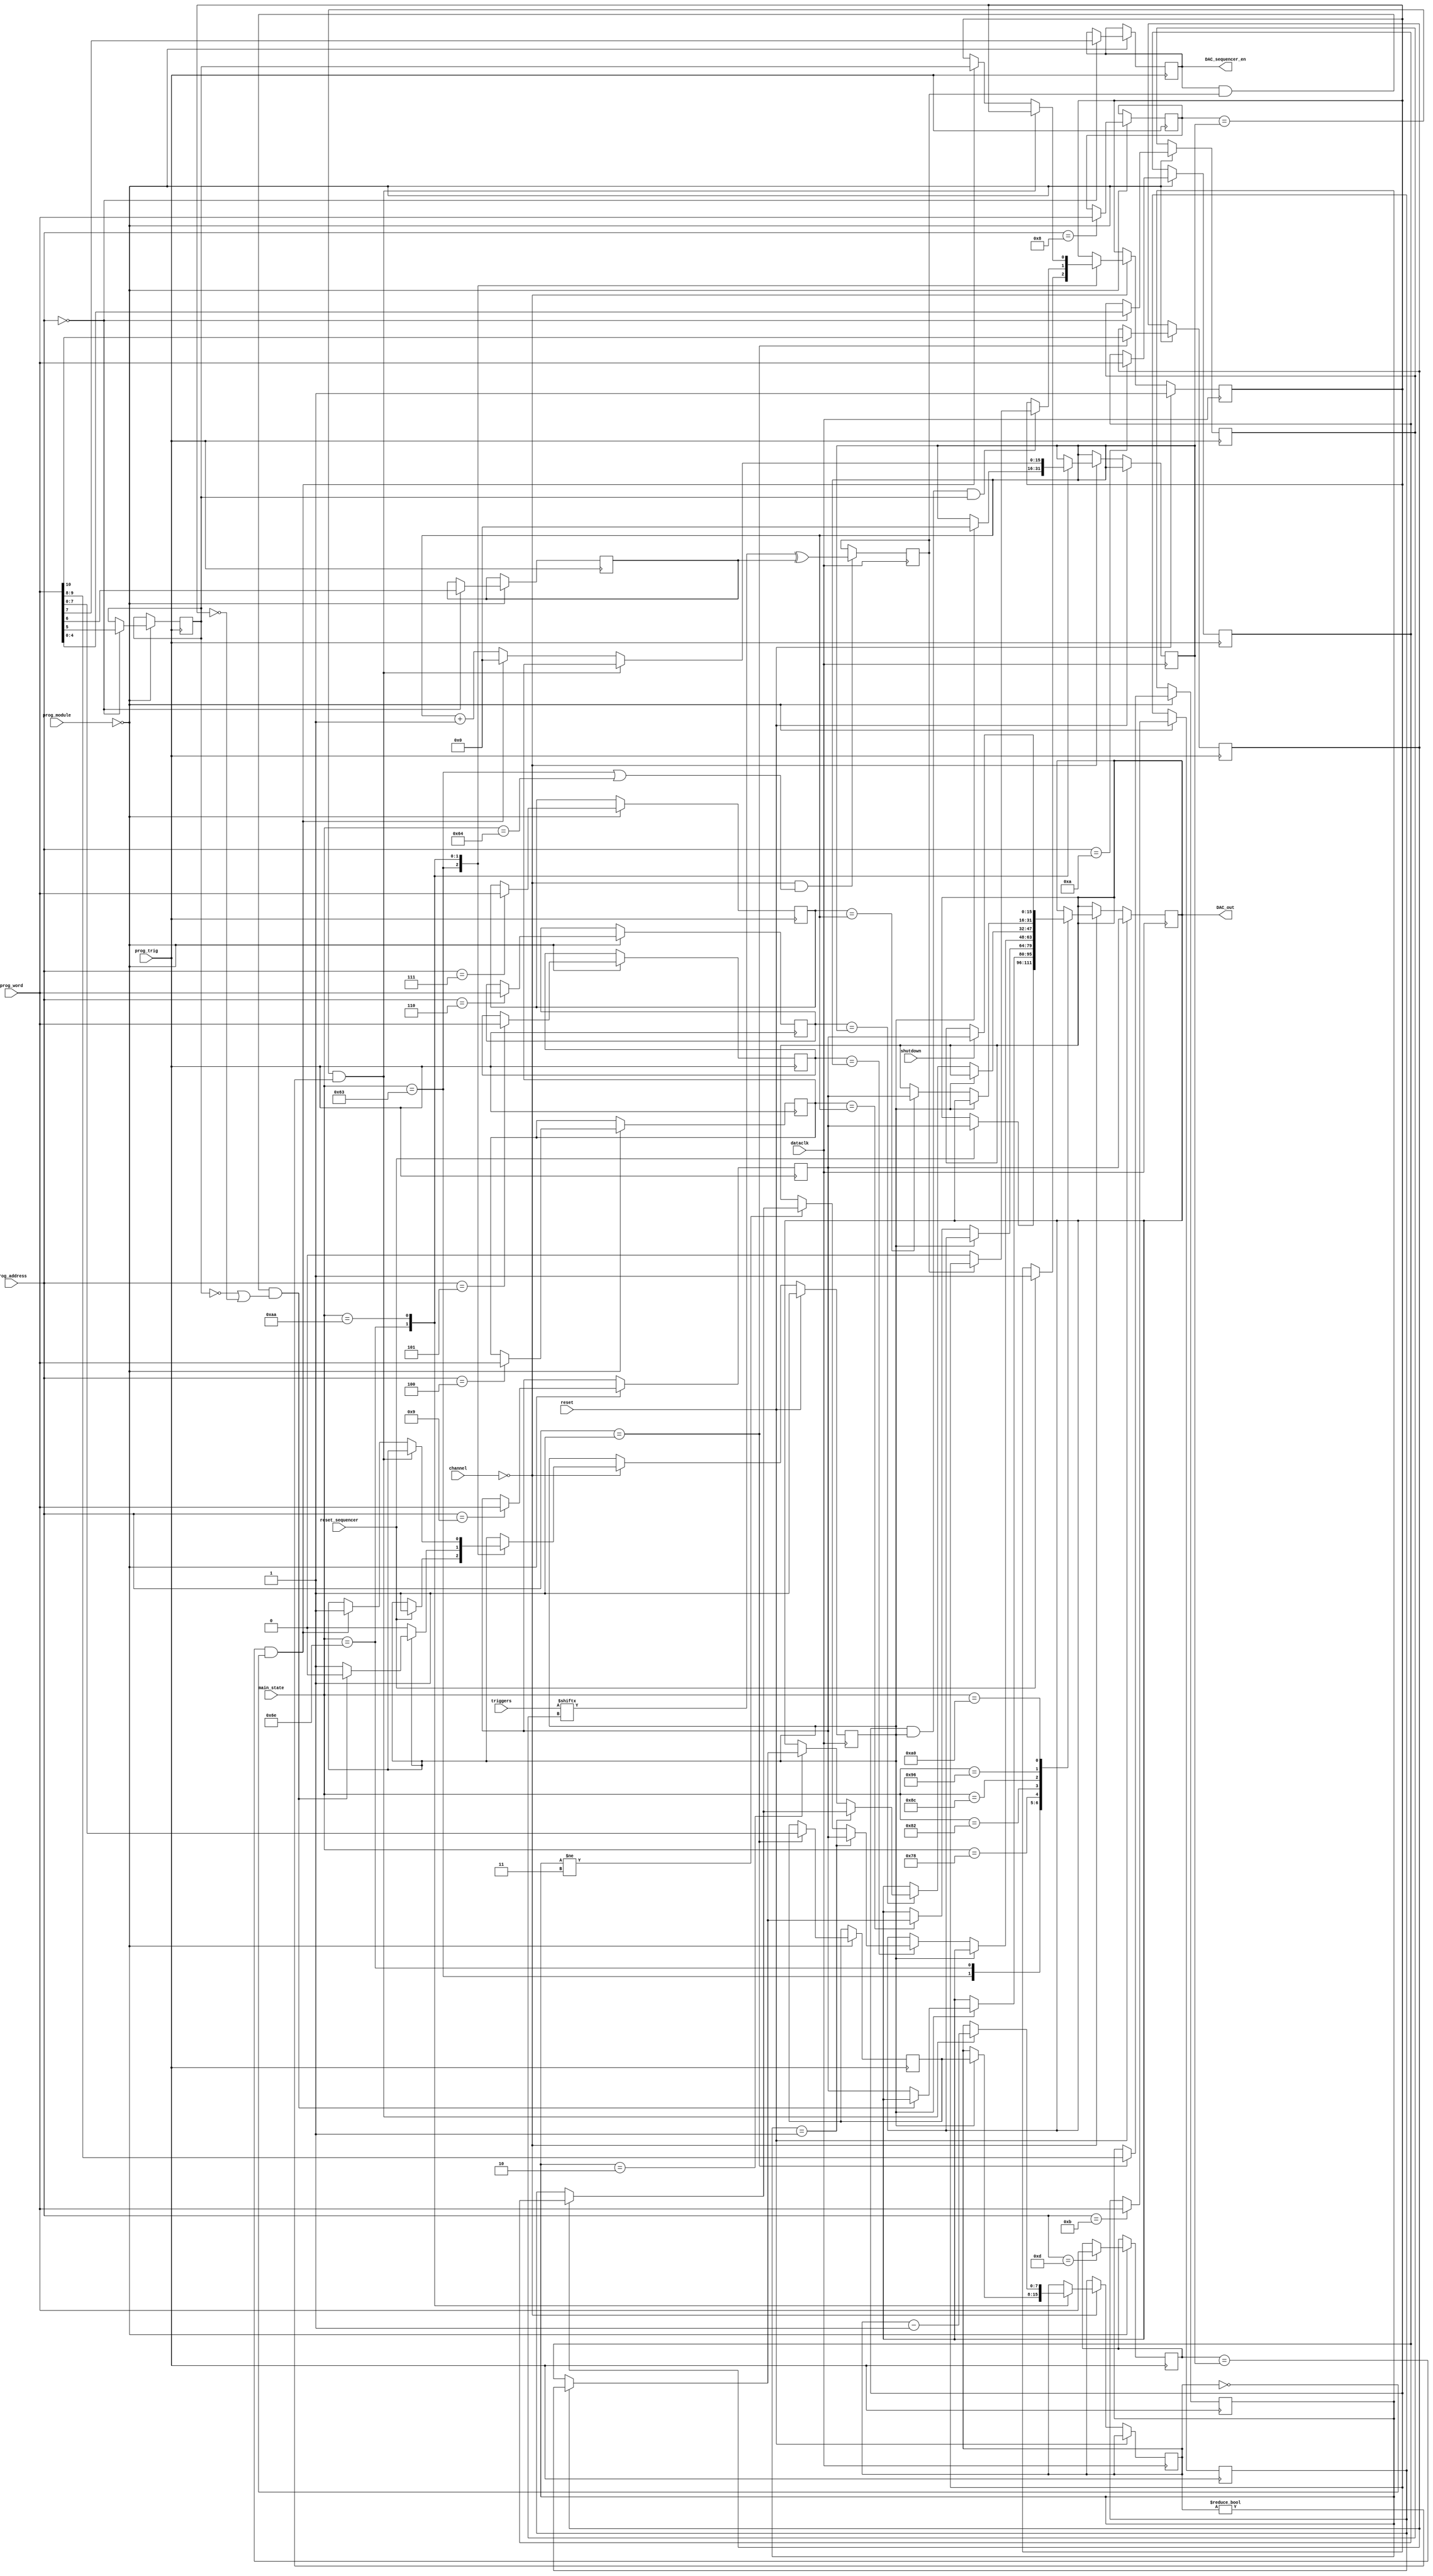
`timescale 1ns / 1ps
//////////////////////////////////////////////////////////////////////////////////
// Company: 		 Intan Technologies, LLC
// 
// Design Name: 	 RHS2000 Rhythm Stim Interface
// Module Name:    analog_out_sequencer 
// Project Name:   Opal Kelly FPGA/USB RHS2000 Interface
// Target Devices: 
// Tool versions: 
// Description:    Generate voltage pulses for 8 analog outputs ports.
//
// Dependencies: 
//
// Revision:       1.0 (26 October 2016)
// Revision 0.01 - File Created
// Additional Comments: 
//
//////////////////////////////////////////////////////////////////////////////////

module analog_out_sequencer #(
	parameter MODULE = 0
	)
	(
	input wire			reset,
	input wire			dataclk,
	input wire [31:0] main_state,
	input wire [5:0]	channel,
	input wire [3:0]	prog_address,
	input wire [4:0]  prog_module,
	input wire [15:0] prog_word,
	input wire			prog_trig,
	input wire [31:0] triggers,
	output wire			DAC_sequencer_en,
	output reg [15:0] DAC_out,
	input wire			shutdown,
	input wire			reset_sequencer
   );

	reg [15:0] counter;
	
	reg [4:0] trigger_source;
	reg trigger_on_edge;
	reg trigger_polarity;
	reg trigger_enable;
	
	assign DAC_sequencer_en = trigger_enable;
	
	reg [7:0] number_of_stim_pulses;
	reg [1:0] stim_shape;
	reg neg_stim_first;
	
	reg waiting_for_trigger, waiting_for_edge;
	reg [7:0] stim_counter;
	
	reg [15:0] event_amp_settle_on;
	reg [15:0] event_amp_settle_off;
	reg [15:0] event_start_stim;
	reg [15:0] event_stim_phase2;
	reg [15:0] event_stim_phase3;
	reg [15:0] event_end_stim;
	reg [15:0] event_repeat_stim;
	reg [15:0] event_end;
	
	reg [15:0] DAC_baseline;
	reg [15:0] DAC_positive;
	reg [15:0] DAC_negative;
	
	localparam
		BIPHASIC =           2'b00,
		BIPHASIC_DEAD_ZONE = 2'b01,
		TRIPHASIC =          2'b10,
		MONOPHASIC =         2'b11;
				  
	// Trigger selection
	reg trigger_in;

	always @(posedge dataclk) begin
		if (channel == 0 && (main_state == 99 || main_state == 100)) begin
			trigger_in <= triggers[trigger_source] ^ trigger_polarity;
		end
	end
	
	// Register programming
	always @(posedge prog_trig) begin
		if (prog_module == MODULE) begin
			case (prog_address)
				0: begin
						trigger_source <= prog_word[4:0];
						trigger_on_edge <= prog_word[5];
						trigger_polarity <= prog_word[6];
						trigger_enable <= prog_word[7];
					end
				1: begin
						number_of_stim_pulses <= prog_word[7:0];
						stim_shape <= prog_word[9:8];
						neg_stim_first <= prog_word[10];
					end
				4: event_start_stim <= prog_word;
				5: event_stim_phase2 <= prog_word;
				6: event_stim_phase3 <= prog_word;
				7: event_end_stim <= prog_word;
				8: event_repeat_stim <= prog_word;
				9: DAC_baseline <= prog_word;
				10: DAC_positive <= prog_word;
				11: DAC_negative <= prog_word;
				13: event_end <= prog_word;
			endcase
		end
	end
	
	// State machine for stim sequencing
	
	always @(posedge dataclk) begin
		if (reset) begin
			DAC_out <= DAC_baseline;
			waiting_for_trigger <=1'b1;
			waiting_for_edge <=1'b1;
		end else begin
			if (channel[5:0] == 6'b000000) begin
				case (main_state)
					99: begin
						if (reset_sequencer) begin
							DAC_out <= DAC_baseline;
							waiting_for_trigger <=1'b1;
							waiting_for_edge <=1'b1;						
						end
					end
					110: begin
						if (waiting_for_edge && waiting_for_trigger && trigger_on_edge) begin
							if (~trigger_in) begin
								waiting_for_edge <= 1'b0;
							end
						end
						if (waiting_for_trigger) begin
							counter <= 16'b0;
							stim_counter <= number_of_stim_pulses;
							if (trigger_enable && trigger_in && (~trigger_on_edge || ~waiting_for_edge)) begin
								waiting_for_trigger <= 1'b0;
							end else begin
								DAC_out <= DAC_baseline;
							end
						end
					end
					
					120: begin
						if (~waiting_for_trigger) begin
							if (event_start_stim == counter) begin
								DAC_out <= (neg_stim_first ? DAC_negative : DAC_positive);
							end
						end
					end
					
					130: begin
						if (~waiting_for_trigger) begin
							if (event_stim_phase2 == counter) begin
								if (stim_shape == BIPHASIC_DEAD_ZONE) begin
									DAC_out <= DAC_baseline;								
								end else if (stim_shape != MONOPHASIC) begin
									DAC_out <= (neg_stim_first ? DAC_positive : DAC_negative);
								end
							end
						end
					end

					140: begin
						if (~waiting_for_trigger) begin
							if (event_stim_phase3 == counter) begin
								if (stim_shape == BIPHASIC_DEAD_ZONE) begin
									DAC_out <= (neg_stim_first ? DAC_positive : DAC_negative);
								end else if (stim_shape == TRIPHASIC) begin
									DAC_out <= (neg_stim_first ? DAC_negative : DAC_positive);
								end
							end
						end
					end

					150: begin
						if (~waiting_for_trigger) begin
							if (event_end_stim == counter) begin
								DAC_out <= DAC_baseline;
							end
						end
					end
					
					160: begin
						if (shutdown) begin
							DAC_out <= DAC_baseline;
						end
					end
					
					170: begin
						if (event_repeat_stim == counter && stim_counter != 8'b0) begin
							counter <= event_start_stim;
							stim_counter <= stim_counter - 1;
						end else if (event_end == counter && stim_counter == 8'b0) begin
							counter <= 16'b0;
							waiting_for_trigger <= 1'b1;
							waiting_for_edge <= trigger_on_edge;
						end else begin
							counter <= counter + 1;
						end
					end
					default: begin
					
					end
				endcase
			end
		end
	end
	
endmodule